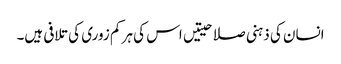
انسان کی ذہنی صلاحیتیں اس کی ہر کم زوری کی تلافی ہیں۔